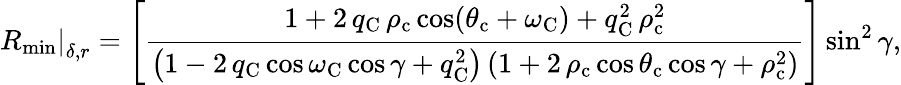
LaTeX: \left.R_{\mathrm{min}}\right|_{\delta,r}=\left[\frac{1+2\, q_{\mathrm{C}}\, \rho_{\mathrm{c}}\cos(\theta_{\mathrm{c}}+\omega_{\mathrm{C}})+q_{\mathrm{C}}^{2}\, \rho_{\mathrm{c}}^{2}}{\left(1-2\, q_{\mathrm{C}}\cos\omega_{\mathrm{C}}\cos\gamma+q_{\mathrm{C}}^{2}\right)\left(1+2\, \rho_{\mathrm{c}}\cos\theta_{\mathrm{c}}\cos\gamma+\rho_{\mathrm{c}}^{2}\right)}\right]\sin^{2}\gamma,